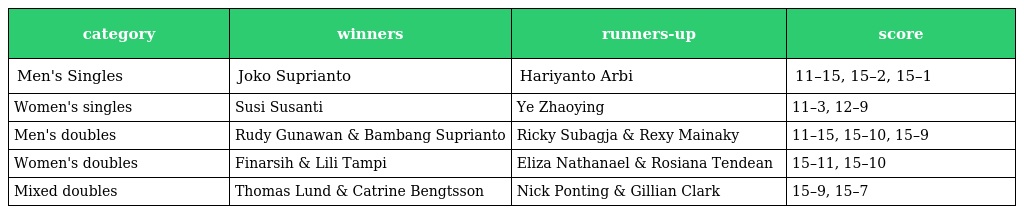
| category | winners | runners-up | score |
 | --- | --- | --- | --- |
 | Men's Singles | Joko Suprianto | Hariyanto Arbi | 11–15, 15–2, 15–1 |
 | Women's singles | Susi Susanti | Ye Zhaoying | 11–3, 12–9 |
 | Men's doubles | Rudy Gunawan & Bambang Suprianto | Ricky Subagja & Rexy Mainaky | 11–15, 15–10, 15–9 |
 | Women's doubles | Finarsih & Lili Tampi | Eliza Nathanael & Rosiana Tendean | 15–11, 15–10 |
 | Mixed doubles | Thomas Lund & Catrine Bengtsson | Nick Ponting & Gillian Clark | 15–9, 15–7 |